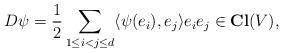
LaTeX: \begin{align*}D\psi=\frac{1}{2}\sum_{1 \le i<j \le d} \langle \psi (e_i), e_j\rangle e_i e_j \in \mathbf{Cl}(V),\end{align*}